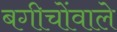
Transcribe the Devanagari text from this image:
बगीचोंवाले